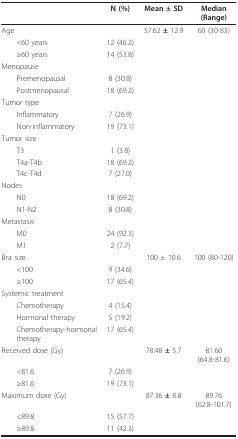
<table><thead><tr><td></td><td><b>N (%)</b></td><td><b>Mean ± SD</b></td><td><b>Median (Range)</b></td></tr></thead><tbody><tr><td>Age</td><td></td><td>57.62 <b>± </b>12.9</td><td>60 (30-83)</td></tr><tr><td> &lt;60 years</td><td>12 (46.2)</td><td></td><td></td></tr><tr><td> ≥60 years</td><td>14 (53.8)</td><td></td><td></td></tr><tr><td>Menopause</td><td></td><td></td><td></td></tr><tr><td> Premenopausal</td><td>8 (30.8)</td><td></td><td></td></tr><tr><td> Postmenopausal</td><td>18 (69.2)</td><td></td><td></td></tr><tr><td>Tumor type</td><td></td><td></td><td></td></tr><tr><td> Inflammatory</td><td>7 (26.9)</td><td></td><td></td></tr><tr><td> Non-inflammatory</td><td>19 (73.1)</td><td></td><td></td></tr><tr><td>Tumor size</td><td></td><td></td><td></td></tr><tr><td> T3</td><td>1 (3.8)</td><td></td><td></td></tr><tr><td> T4a-T4b</td><td>18 (69.2)</td><td></td><td></td></tr><tr><td> T4c-T4d</td><td>7 (27.0)</td><td></td><td></td></tr><tr><td>Nodes</td><td></td><td></td><td></td></tr><tr><td> N0</td><td>18 (69.2)</td><td></td><td></td></tr><tr><td> N1-N2</td><td>8 (30.8)</td><td></td><td></td></tr><tr><td>Metastasis</td><td></td><td></td><td></td></tr><tr><td> M0</td><td>24 (92.3)</td><td></td><td></td></tr><tr><td> M1</td><td>2 (7.7)</td><td></td><td></td></tr><tr><td>Bra size</td><td></td><td>100 ± 10.6</td><td>100 (80-120)</td></tr><tr><td> &lt;100</td><td>9 (34.6)</td><td></td><td></td></tr><tr><td> ≥100</td><td>17 (65.4)</td><td></td><td></td></tr><tr><td>Systemic treatment</td><td></td><td></td><td></td></tr><tr><td> Chemotherapy</td><td>4 (15.4)</td><td></td><td></td></tr><tr><td> Hormonal therapy</td><td>5 (19.2)</td><td></td><td></td></tr><tr><td> Chemotherapy-hormonal therapy</td><td>17 (65.4)</td><td></td><td></td></tr><tr><td>Received dose (Gy)</td><td></td><td>78.48 <b>± </b>5.7</td><td>81.60 (64.8-81.6)</td></tr><tr><td> &lt;81.6</td><td>7 (26.9)</td><td></td><td></td></tr><tr><td> ≥81.6</td><td>19 (73.1)</td><td></td><td></td></tr><tr><td>Maximum dose (Gy)</td><td></td><td>87.36 <b>± </b>8.8</td><td>89.76 (62.8-101.7)</td></tr><tr><td> &lt;89.8</td><td>15 (57.7)</td><td></td><td></td></tr><tr><td> ≥89.8</td><td>11 (42.3)</td><td></td><td></td></tr></tbody></table>